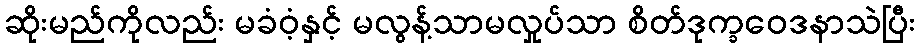
ဆိုးမည်ကိုလည်း မခံဝံ့နှင့် မလွန့်သာမလှုပ်သာ စိတ်ဒုက္ခဝေဒနာသဲပြီး